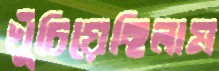
খুঁচিয়েছিলাম